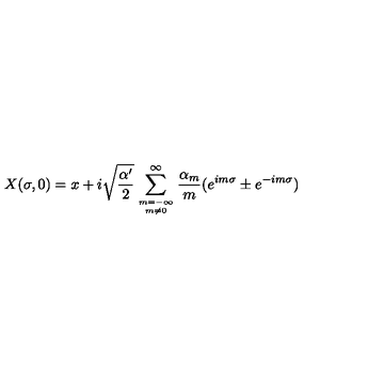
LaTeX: X ( \sigma , 0 ) = x + i \sqrt { \frac { \alpha ^ { \prime } } { 2 } } \sum _ { { m = { - \infty } } \atop { m \neq 0 } } ^ { \infty } \frac { \alpha _ { m } } { m } ( e ^ { i m \sigma } \pm e ^ { - i m \sigma } )